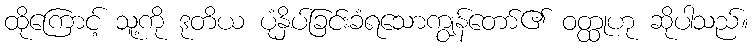
ထိုကြောင့် သူ့ကို ဒုတိယ ပုံနှိပ်ခြင်းခံရသောကျွန်တော်၏ ဝတ္ထုဟု ဆိုပါသည်။